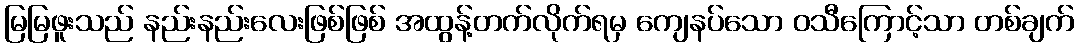
မြမြဖူးသည် နည်းနည်းလေးဖြစ်ဖြစ် အထွန့်တက်လိုက်ရမှ ကျေနပ်သော ဝသီကြောင့်သာ တစ်ချက်